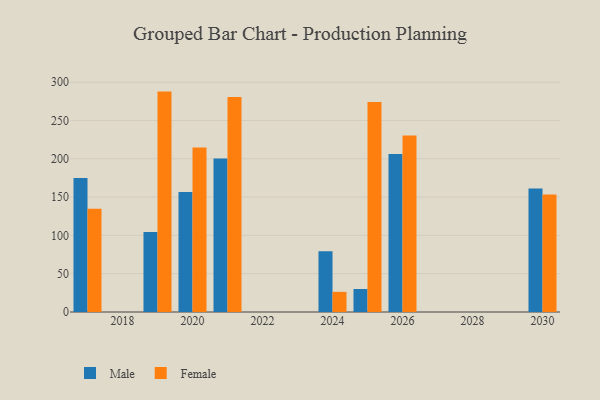
{"axis": {"x": "Year", "y": "Budget (USD K)"}, "legend": ["Female", "Male"], "data": [{"x": "2021", "y": 200.3, "type": "Male"}, {"x": "2021", "y": 280.7, "type": "Female"}, {"x": "2020", "y": 156.8, "type": "Male"}, {"x": "2020", "y": 214.6, "type": "Female"}, {"x": "2025", "y": 30.0, "type": "Male"}, {"x": "2025", "y": 274.2, "type": "Female"}, {"x": "2030", "y": 161.2, "type": "Male"}, {"x": "2030", "y": 153.5, "type": "Female"}, {"x": "2019", "y": 104.3, "type": "Male"}, {"x": "2019", "y": 287.7, "type": "Female"}, {"x": "2024", "y": 79.3, "type": "Male"}, {"x": "2024", "y": 26.3, "type": "Female"}, {"x": "2026", "y": 206.2, "type": "Male"}, {"x": "2026", "y": 230.3, "type": "Female"}, {"x": "2017", "y": 174.8, "type": "Male"}, {"x": "2017", "y": 134.7, "type": "Female"}]}